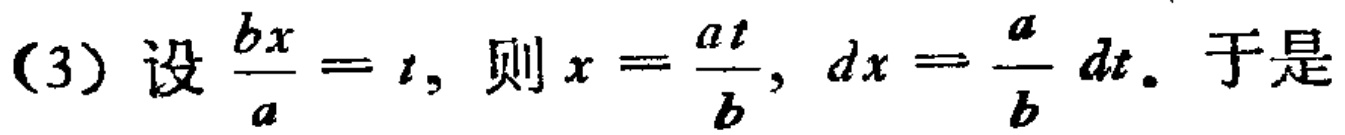
(3) 设 \(\frac{bx}{a}=t\)，则 \(x = \frac{at}{b}\)，\(dx=\frac{a}{b}dt\). 于是